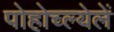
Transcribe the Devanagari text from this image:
पोहोच्ल्येलें